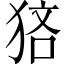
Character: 𤞼